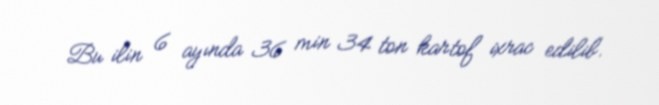
Bu ilin 6 ayında 36 min 34 ton kartof ixrac edilib.